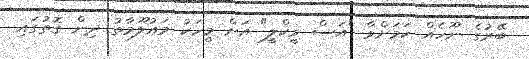
ބޭރުގެ ނޫހެއް ކަމަށްވާ "އަސް ވީކްލީ" އަށް މީހަކު މައުލޫމާތު ދިން ގޮތުގައި